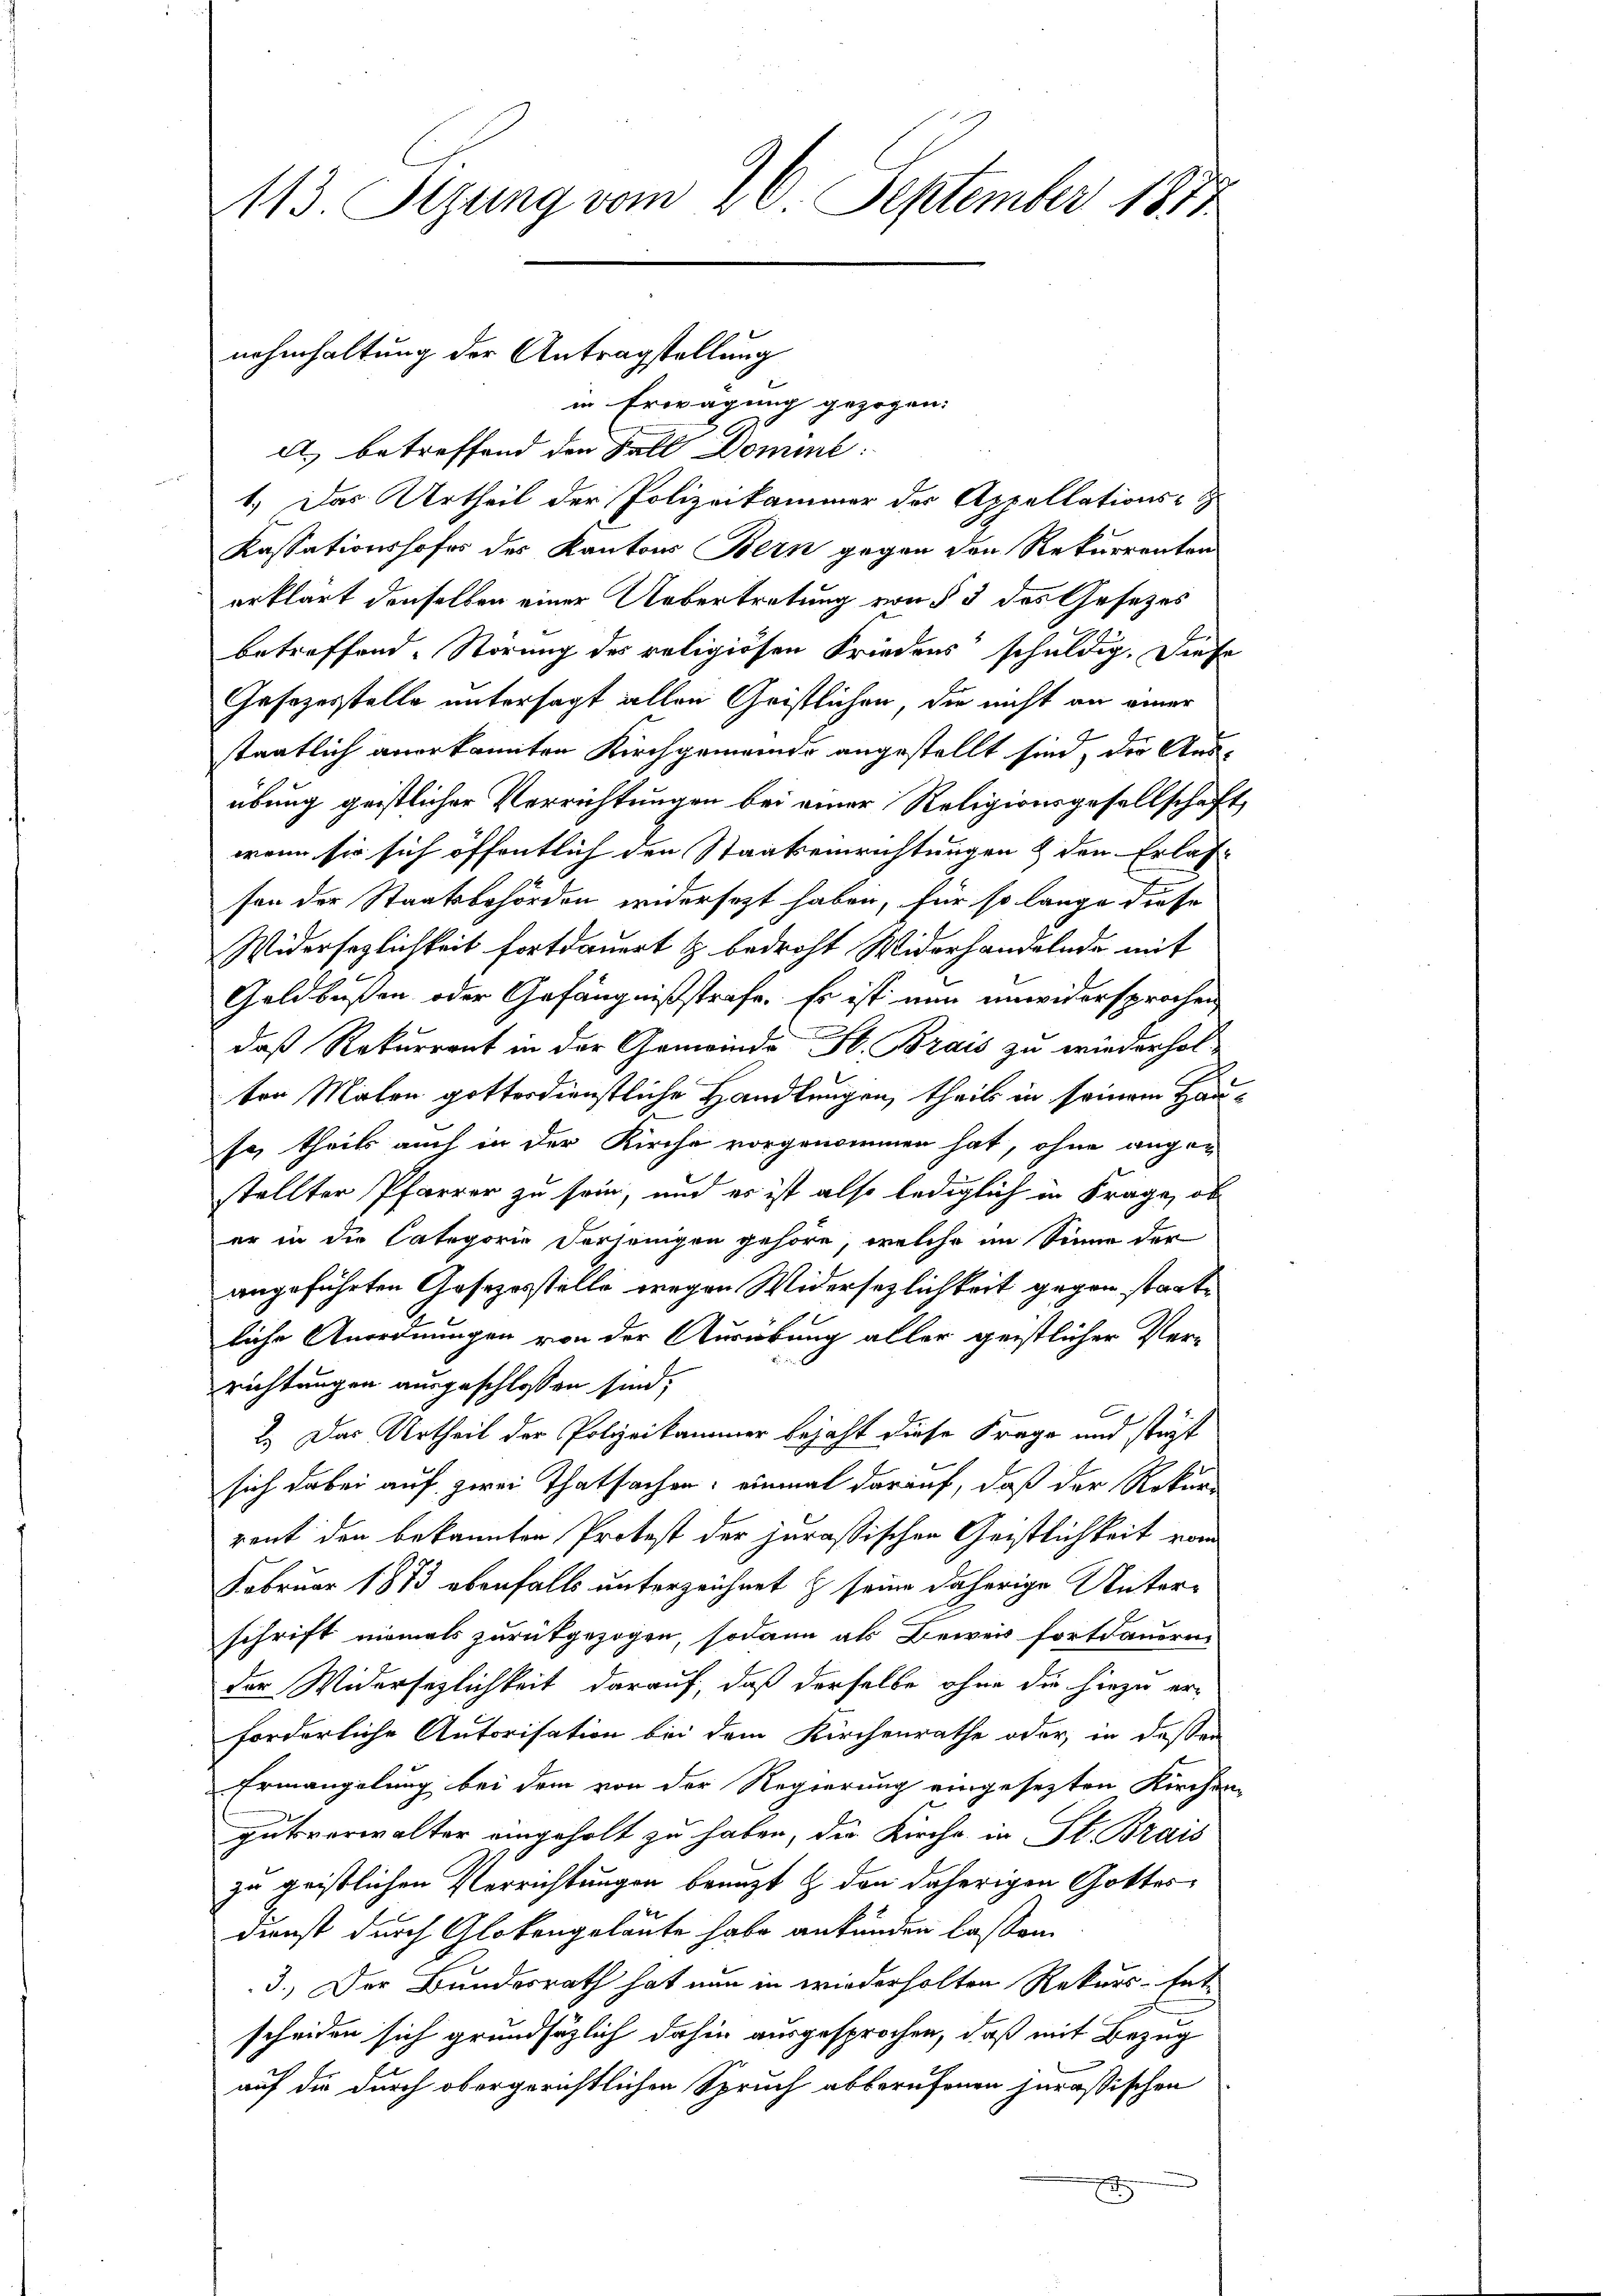
1.) Das Urtheil der Polizeikammer der Appellations-
Kassationshofes des Kantons Bern gegen den Rekurrenten
erklärt denselben einer Uebertretung von § 3 des Gesetzes
betreffend. Störung des religiösen Friedens schuldig. Diese
Gesezesstelle untersagt allen Geistlichen, die nicht an einer
staatlich anerkannten Kirchgemeinde angestellt sind, der Neu-
übung geistlicher Verrichtungen bei einer Religionsgesellschaft,
wenn sie sich öffentlich den Staatseinrichtungen & den Erlas-
fen der Staatsbehörden widersezt haben, für so lange diese
Widersezlichkeit fortdauert & bedroht Widerhandelnde mit
Geldbußen oder Gefängnißstrafe. Es ist nun unwidersprochen
daß Rekurrent in der Gemeinde St. Brais zu wiederholten Malen gotterdienstliche Handlungen, theils in seinem Hause, theils auch in der Kirche vorgenommen hat, ohne angestellter Pfarrer zu sein, und er ist also lediglich in Frage, ob
er in die Categorie derjenigen gehöre, welche im Sinne der
angeführten Gesezesstelle wegen Widersezlichkeit gegen startliche Anordnungen von der Ausübung aller geistlicher Verrichtungen ausgeschlossen sind;
2.) Das Urtheil der Polizeikammer bejaht diese Frage und stüt
sich dabei auf zwei Thatsachen: einmal darauf, daß der Rekurs
ront den bekannten Protest der jurassischen Geistlichkeit vom
Februar 1873 ebenfalls unterzeichnet & seine daherige Unterschrift niemals zurückgezogen, sodann als Beweis fortdauern
der Widersezlichkeit darauf, daß derselbe ohne die hiezu erforderliche Autorisation bei dem Kirchenrathe oder, in dessen
Ermangelung bei dem von der Regierung eingesetzten Kirchen-
gutverwalter eingeholt zu haben, die Kirche in St. Brais
zu geistlichen Verrichtungen benuzt & den daherigen Gottes¬
Dienst durch Glokengelaute habe ankunden lassen.
3.) Der Bundesrath hat nun in wiederholten Rekurs-Entscheiden sich grundsätzlich dahin ausgesprochen, daß mit Bezug
auf die durch obergerichtlichen Spruch abberufenen jurassischen
x

113. Sezung vom 26. September 1872

nahmhaltung der Antragstellung
in Erwägung gezogen.
A. betreffend den Fall Domine: